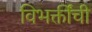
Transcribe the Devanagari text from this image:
विभक्तींची